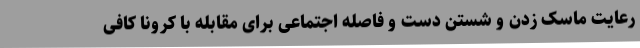
رعایت ماسک زدن و شستن دست و فاصله اجتماعی برای مقابله با کرونا کافی